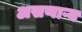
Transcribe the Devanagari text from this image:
असणाऱ्य